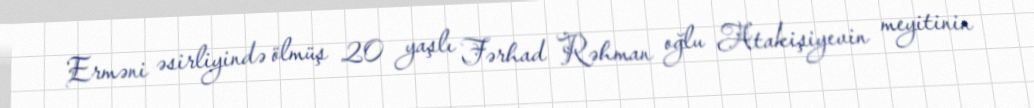
Erməni əsirliyində ölmüş 20 yaşlı Fərhad Rəhman oğlu Atakişiyevin meyitinin